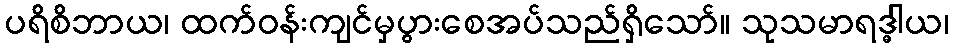
ပရိစိဘာယ၊ ထက်ဝန်းကျင်မှပွားစေအပ်သည်ရှိသော်။ သုသမာရဒ္ဓါယ၊